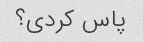
پاس کردی؟